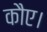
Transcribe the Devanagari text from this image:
कौए।